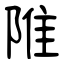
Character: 陮